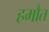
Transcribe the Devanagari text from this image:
हमौत